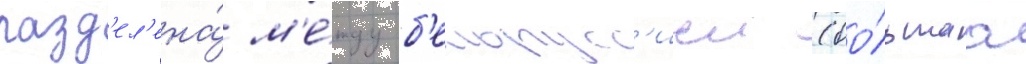
разд'ел'ена́ м'е́жду б'елорусс'иеи (бо́льшаа